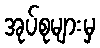
အုပ်စုများမှ